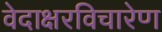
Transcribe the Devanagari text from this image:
वेदाक्षरविचारेण